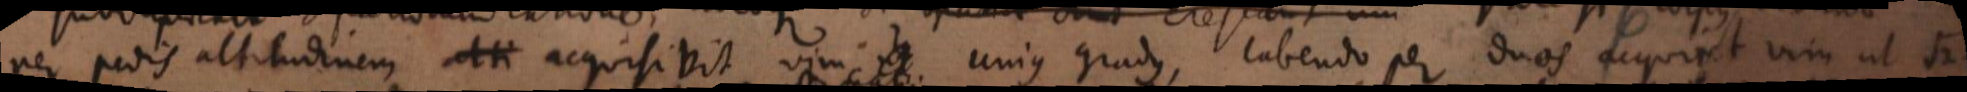
per pedis altitudinem acquisivit vim ut unius gradus, labendo per duos acquiret vim ut √2